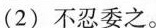
(2)不忍委之。